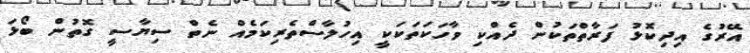
އޭރުގެ އިދިކޮޅު ފަރާތްތަކުން ދެއްކި ވާހަކަތަކަކީ އިހުލާސްތެރިކަމެއް ނެތް ސިޔާސީ ގޮތުން ބޯޅަ